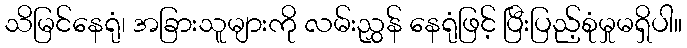
သိမြင်နေရုံ၊ အခြားသူများကို လမ်းညွှန် နေရုံဖြင့် ပြီးပြည့်စုံမှုမရှိပါ။